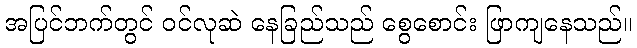
အပြင်ဘက်တွင် ဝင်လုဆဲ နေခြည်သည် စွေစောင်း ဖြာကျနေသည်။